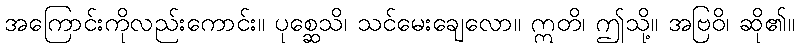
အကြောင်းကိုလည်းကောင်း။ ပုစ္ဆေသိ၊ သင်မေးချေလော။ ဣတိ၊ ဤသို့။ အဗြဝိ၊ ဆို၏။